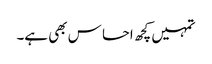
تمہیں کچھ احسا س بھی ہے۔